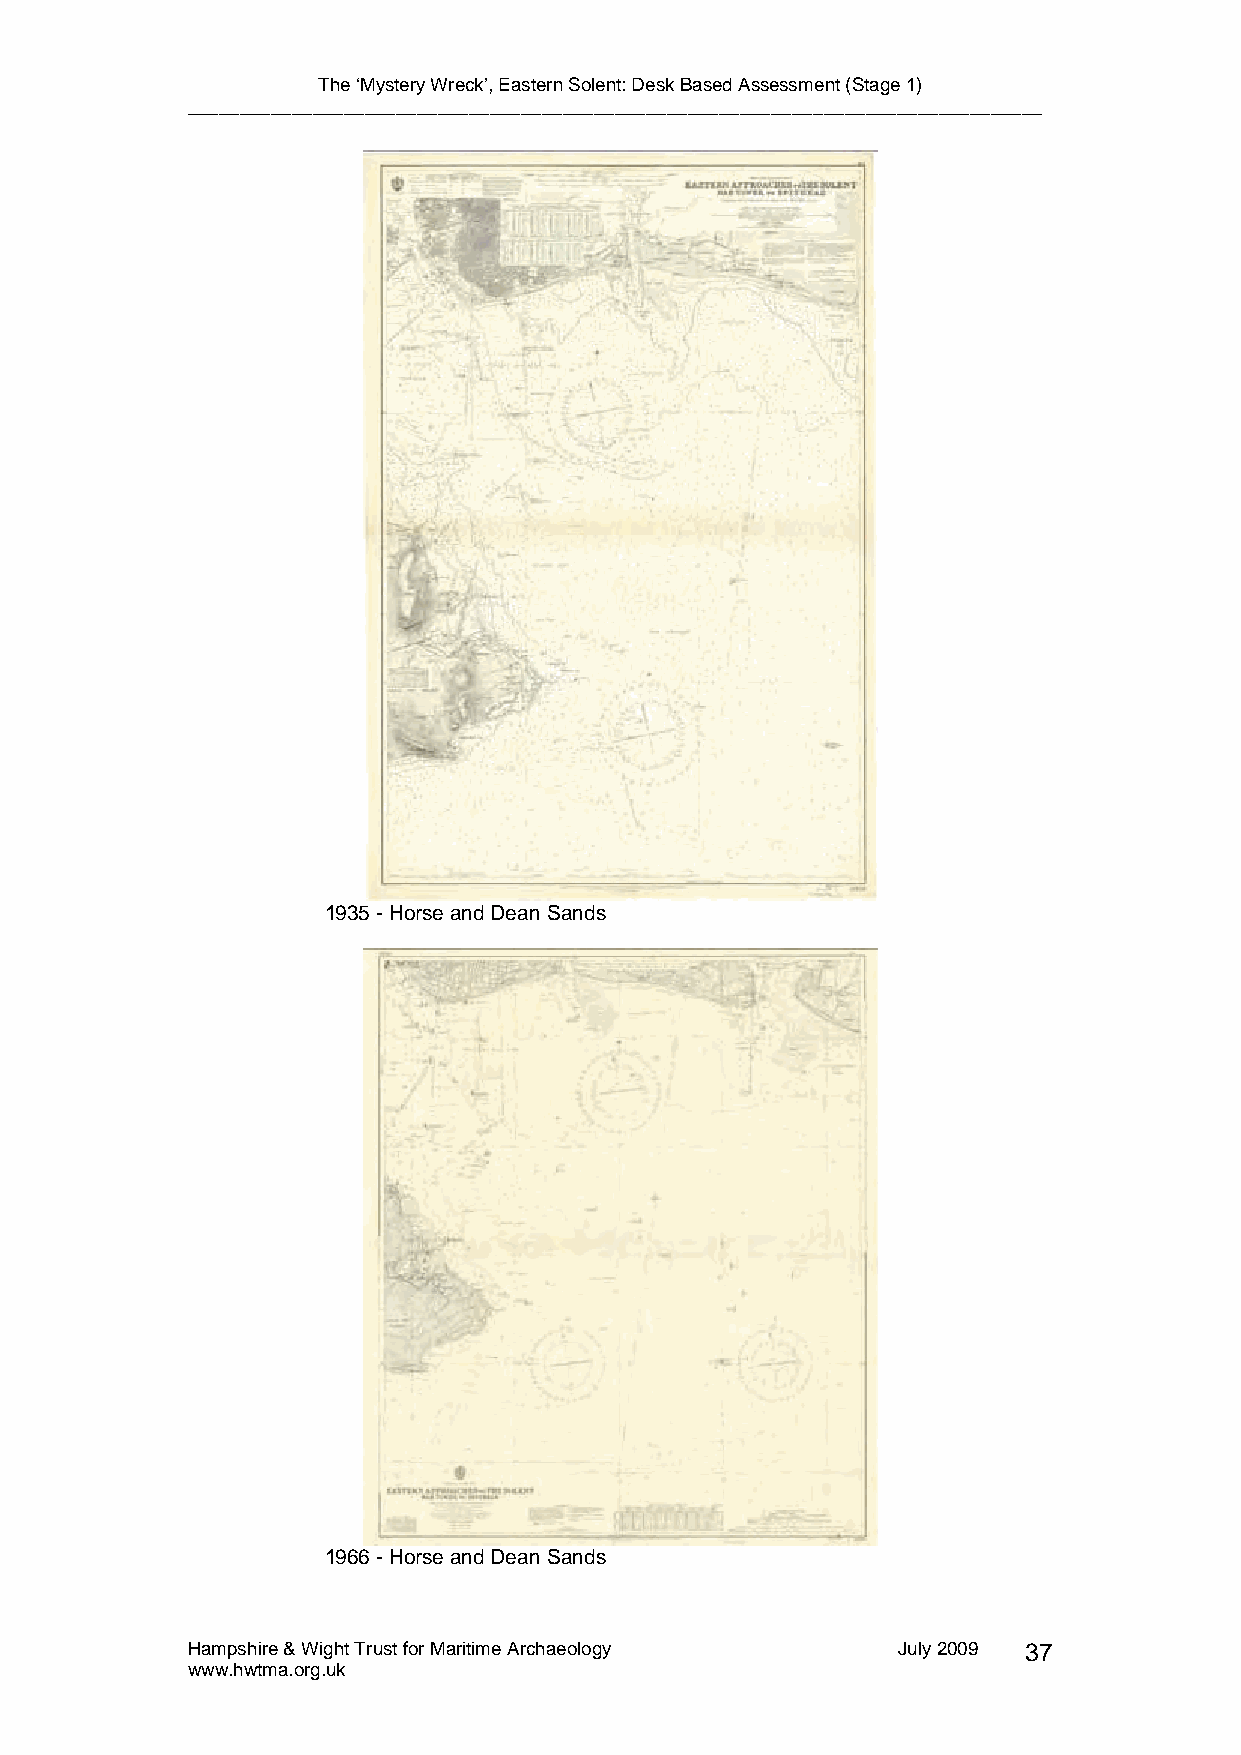
The ‘Mystery Wreck’, Eastern Solent: Desk Based Assessment (Stage 1)
 __________________________________________________________________________________
 1935 - Horse and Dean Sands
 1966 - Horse and Dean Sands
 Hampshire & Wight Trust for Maritime Archaeology July 2009 37
 www.hwtma.org.uk